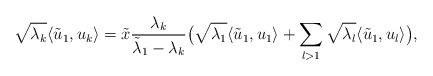
LaTeX: \begin{align*}\sqrt{\lambda_k}\langle \tilde u_1,u_k\rangle=\tilde x\frac{\lambda_k}{\tilde \lambda_1-\lambda_k}\big(\sqrt{\lambda_1}\langle\tilde u_1,u_1\rangle+\sum_{l>1}\sqrt{\lambda_l}\langle\tilde u_1,u_l\rangle\big),\end{align*}